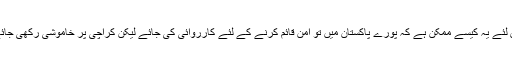
اس لئے یہ کیسے ممکن ہے کہ پورے پاکستان میں تو امن قائم کرنے کے لئے کارروائی کی جائے لیکن کراچی پر خاموشی رکھی جائے۔